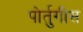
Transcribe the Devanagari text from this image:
पोर्तुगीस